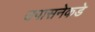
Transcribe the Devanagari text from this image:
उपासनेकडे